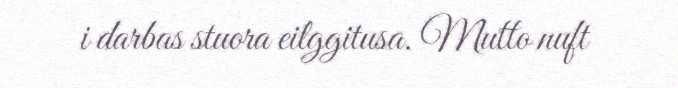
i darbas stuora eilggitusa. Mutto nuft